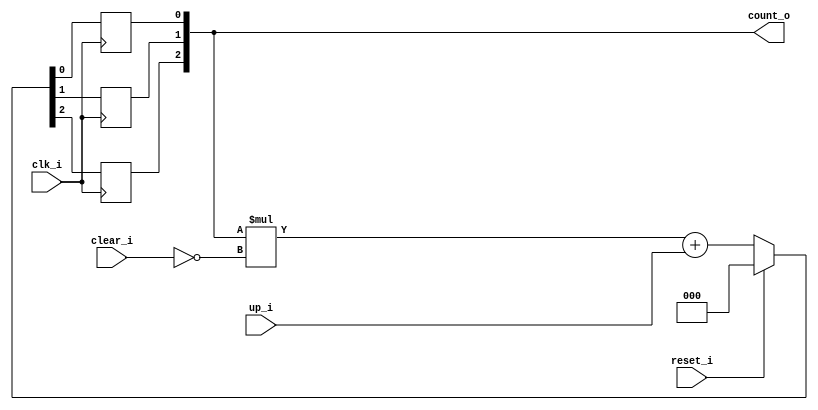
module bsg_counter_clear_up_max_val_p4_init_val_p0_disable_overflow_warning_p1
(
  clk_i,
  reset_i,
  clear_i,
  up_i,
  count_o
);

  output [2:0] count_o;
  input clk_i;
  input reset_i;
  input clear_i;
  input up_i;
  wire [2:0] count_o;
  wire N0,N1,N2,N3,N4,N5,N6,N7,N8,N9,N10,N11,N12,N13,N14;
  reg count_o_2_sv2v_reg,count_o_1_sv2v_reg,count_o_0_sv2v_reg;
  assign count_o[2] = count_o_2_sv2v_reg;
  assign count_o[1] = count_o_1_sv2v_reg;
  assign count_o[0] = count_o_0_sv2v_reg;

  always @(posedge clk_i) begin
    if(1'b1) begin
      count_o_2_sv2v_reg <= N11;
    end 
  end


  always @(posedge clk_i) begin
    if(1'b1) begin
      count_o_1_sv2v_reg <= N10;
    end 
  end


  always @(posedge clk_i) begin
    if(1'b1) begin
      count_o_0_sv2v_reg <= N9;
    end 
  end

  assign { N8, N7, N6 } = { N14, N13, N12 } + up_i;
  assign { N11, N10, N9 } = (N0)? { 1'b0, 1'b0, 1'b0 } : 
                            (N1)? { N8, N7, N6 } : 1'b0;
  assign N0 = reset_i;
  assign N1 = N2;
  assign { N14, N13, N12 } = count_o * N4;
  assign N2 = ~reset_i;
  assign N3 = N2;
  assign N4 = ~clear_i;
  assign N5 = N3 & N4;

endmodule